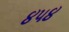
૪૫૪